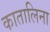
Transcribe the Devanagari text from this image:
कातालिना